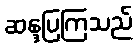
ဆန္ဒပြကြသည်